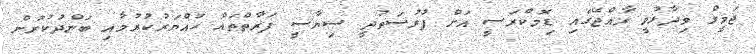
ޖަމީލް ވިދާޅުވީ ރާއްޖޭގައި ޑިމޮކްރަސީ އަށް ފުރުސަތުދީ ސިޔާސީ ފަރާތްތައް ހައްޔަރުކުރުމާއި ބަންދުކުރުން